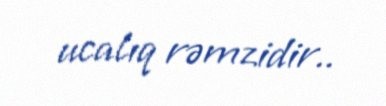
ucalıq rəmzidir..